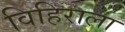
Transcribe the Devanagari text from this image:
विहिराला